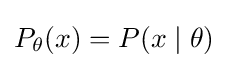
P_{\theta }(x)=P(x\mid \theta )